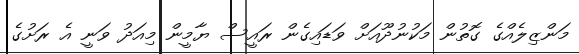
މަންޒިލެއްގެ ގޮތުން މަކުނުދޫއަށް ވަޑައިގެން ރައީސް ޔާމީން މިއަދު ވަނީ އެ ރަށުގެ